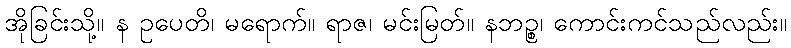
အိုခြင်းသို့။ န ဥပေတိ၊ မရောက်။ ရာဇ၊ မင်းမြတ်။ နဘဉ္စ၊ ကောင်းကင်သည်လည်း။